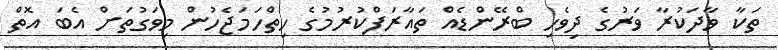
ތަކާ ވާދަކުރާ ވަރުގެ ދިވެހި ބްރޭންޑެއް ތައާރަފްކުރުމުގެ ހިތްހަމަޖެހުން މިވަގުތަށް އެބަ އޮތް